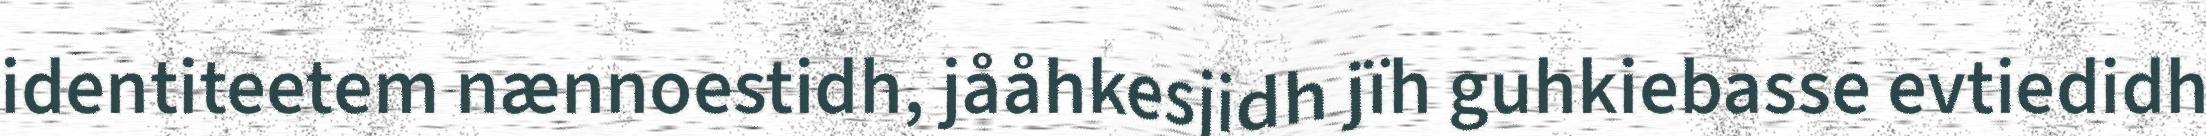
identiteetem nænnoestidh, jååhkesjidh jïh guhkiebasse evtiedidh